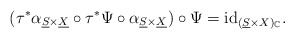
\begin{align*}(\tau^{*}\alpha_{\underline{S}\times\underline{X}}\circ\tau^{*}\Psi\circ\alpha_{\underline{S}\times\underline{X}})\circ\Psi=\mathrm{id}_{(\underline{S}\times X)_{\mathbb{C}}}.\end{align*}